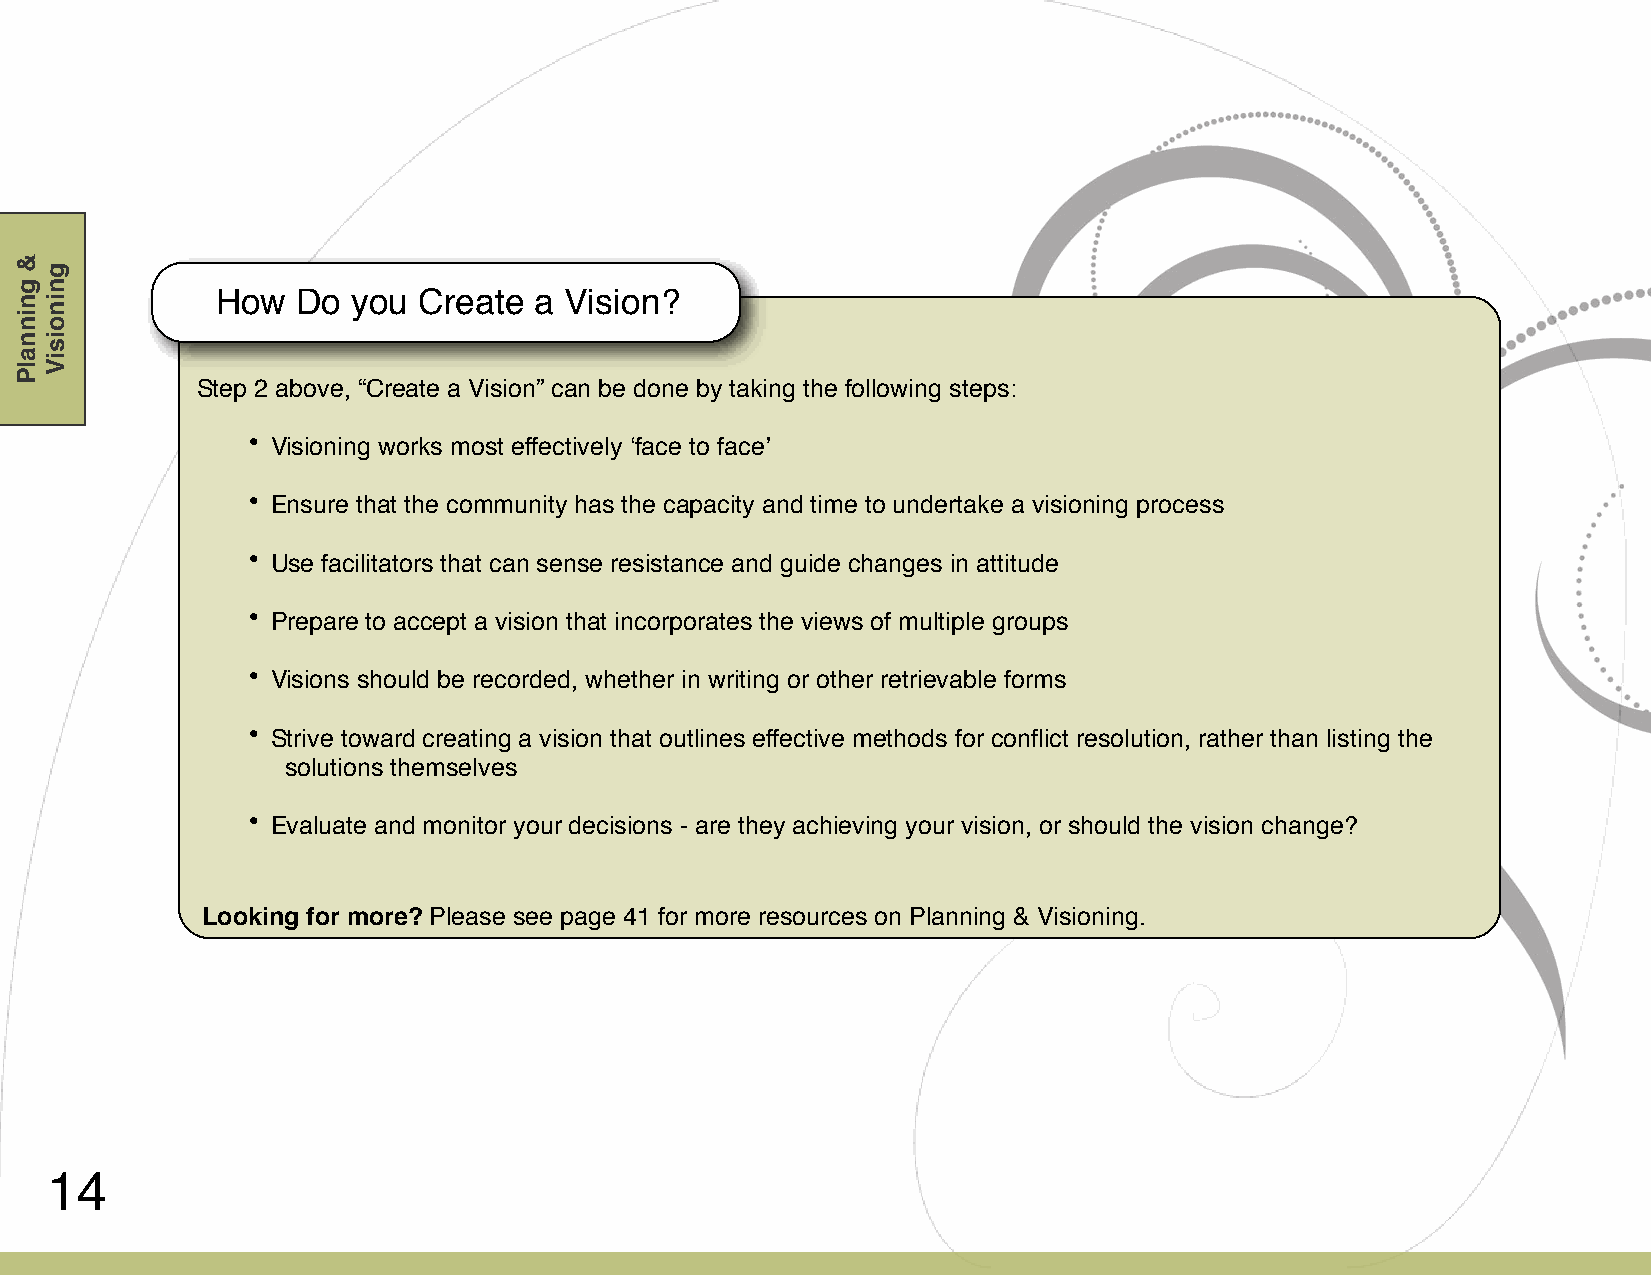
How   Do you  Create a Vision?
 Step 2 above, “Create a Vision” can be done by taking the following steps:
 • Visioning works most effectively ʻface to faceʼ
 • Ensure that the community has the capacity and time to undertake a visioning process
 • Use facilitators that can sense resistance and guide changes in attitude
 • Prepare to accept a vision that incorporates the views of multiple groups
 • Visions should be recorded, whether in writing or other retrievable forms
 • Strive toward creating a vision that outlines effective methods for conflict resolution, rather than listing the
 solutions themselves
 • Evaluate and monitor your decisions - are they achieving your vision, or should the vision change?
 Looking for more? Please see page 41 for more resources on Planning & Visioning.
 14
 &
 gninnalP
 gninoisiV